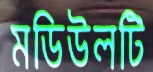
মডিউলটি